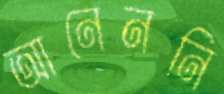
আনেননি